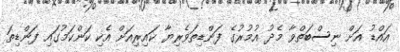
އައްޑު އަށް ނިސްބަތްވާ މެދު އުމުރުގެ ފަންޑިތަވެރިޔާ ކައިރިއަށް އެކި ކަންކަމުގައި ފަންޑިތަ